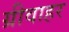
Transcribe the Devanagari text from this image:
ग्रीवाहर